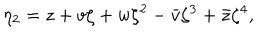
LaTeX: \eta _ { 2 } = z + v \zeta + w \zeta ^ { 2 } - \bar { v } \zeta ^ { 3 } + \bar { z } \zeta ^ { 4 } ,